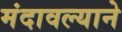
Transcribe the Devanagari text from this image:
मंदावल्याने